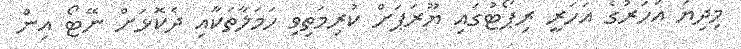
މިދިޔަ އަހަރުގެ އަހަރީ ރިޕޯޓުގައި ޔޫރަޕަށް ކުރިމަތިވި ހަމަލާތަކާއި ދެކޮޅަށް ނޭޓޯ އިން